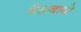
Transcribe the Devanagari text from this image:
मैरम्बायो